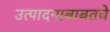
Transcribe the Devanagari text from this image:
उत्पादनाबाबतचे